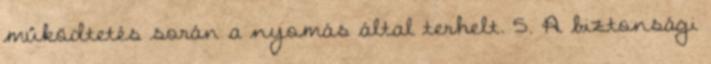
mûködtetés során a nyomás által terhelt. 5. A biztonsági